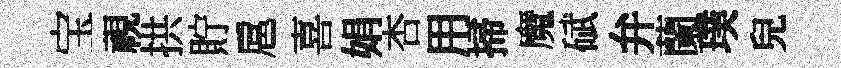
宝視拱貯扈喜娟杏用掃魔碔弁蘭璞兒